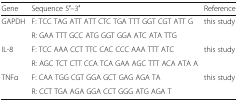
<table><thead><tr><td><b>Gene</b></td><td><b>Sequence 5′–3′</b></td><td><b>Reference</b></td></tr></thead><tbody><tr><td rowspan="2">GAPDH</td><td>F: TCC TAG ATT ATT CTC TGA TTT GGT CGT ATT G</td><td rowspan="2">this study</td></tr><tr><td>R: GAA TTT GCC ATG GGT GGA ATC ATA TTG</td></tr><tr><td rowspan="2">IL-8</td><td>F: TCC AAA CCT TTC CAC CCC AAA TTT ATC</td><td rowspan="2">this study</td></tr><tr><td>R: AGC TCT CTT CCA TCA GAA AGC TTT ACA ATA A</td></tr><tr><td rowspan="2">TNFα</td><td>F: CAA TGG CGT GGA GCT GAG AGA TA</td><td rowspan="2">this study</td></tr><tr><td>R: CCT TGA AGA GGA CCT GGG ATG AGA T</td></tr></tbody></table>